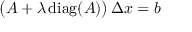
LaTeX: { \big ( } A + \lambda \operatorname { d i a g } ( A ) { \big ) } \, \Delta x = b